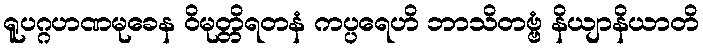
ရူပဂ္ဂဟဏမုခေန ဝိမုတ္တိရတနံ ကပ္ပရေဟိ ဘာသိတဗ္ဗံ နိယျာနိယာတိ